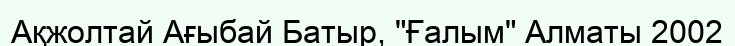
Ақжолтай Ағыбай Батыр, "Ғалым" Алматы 2002